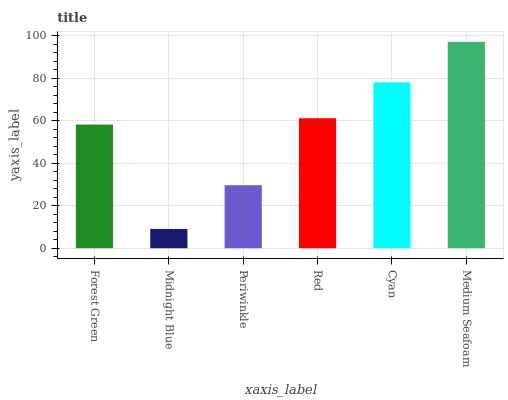
| xaxis_label | bars |
 | --- | --- |
 | Forest Green | 58.3 |
 | Midnight Blue | 9.07 |
 | Periwinkle | 29.7 |
 | Red | 61.2 |
 | Cyan | 78.1 |
 | Medium Seafoam | 97.3 |